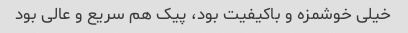
خیلی خوشمزه و باکیفیت بود، پیک هم سریع و عالی بود